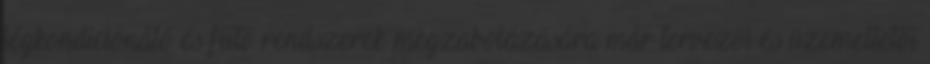
légkondicionáló és fűtő rendszerek megzabolázására már tervezői és üzemeltetői